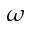
\boldsymbol \omega